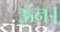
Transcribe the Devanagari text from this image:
ऊन।